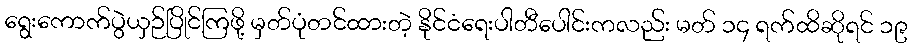
ရွေးကောက်ပွဲယှဉ်ပြိုင်ကြဖို့ မှတ်ပုံတင်ထားတဲ့ နိုင်ငံရေးပါတီပေါင်းကလည်း မတ် ၁၄ ရက်ထိဆိုရင် ၁၉